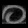
Digit: ၀